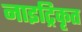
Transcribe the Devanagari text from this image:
नाइट्रिकृत